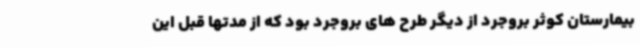
بیمارستان کوثر بروجرد از دیگر طرح های بروجرد بود که از مدتها قبل این